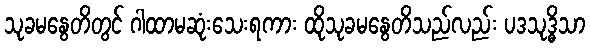
သုခမနွေတိတွင် ဂါထာမဆုံးသေးရကား ထိုသုခမနွေတိသည်လည်း ပဒသုဒ္ဓိသာ